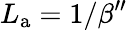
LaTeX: L_{\mathrm{a}}=1/\beta^{\prime\prime}